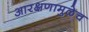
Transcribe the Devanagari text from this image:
आरक्षणामुळेच